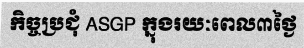
កិច្ចប្រជុំ ASGP ក្នុងរយៈពេល៣ថ្ងៃ